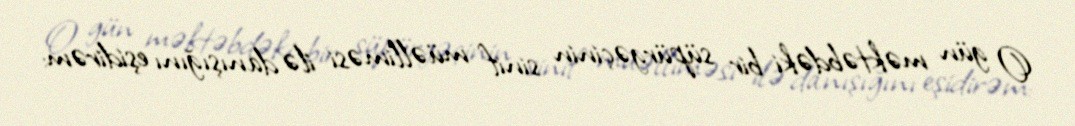
O gün məktəbdəki bir süpürgəçinin sinif müəlliməsi ilə danışığını eşidirəm: